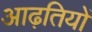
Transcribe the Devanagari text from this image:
आढ़तियों